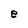
Character: e